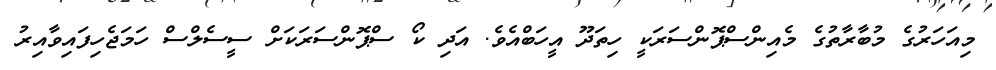
މިއަހަރުގެ މުބާރާތުގެ މެއިންސްޕޮންސަރަކީ ހިތަދޫ އީހަބްއެވެ. އަދި ކޯ ސްޕޮންސަރަކަށް ސީސެލްސް ހަމަޖެހިފައިވާއިރު